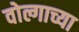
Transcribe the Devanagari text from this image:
वोल्गाच्या